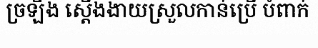
ច្រឡឹង ស្តើងងាយស្រួលកាន់ប្រើ បំពាក់